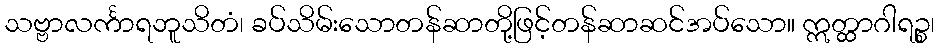
သဗ္ဗာလင်္ကာရဘူသိတံ၊ ခပ်သိမ်းသောတန်ဆာတို့ဖြင့်တန်ဆာဆင်အပ်သော။ ဣတ္ထာဂါရဉ္စ၊